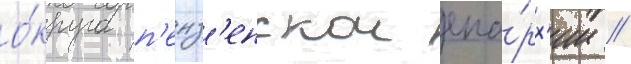
о́круга п'енз'енскои епа́рх'ии //